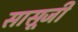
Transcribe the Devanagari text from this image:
सासूजी